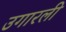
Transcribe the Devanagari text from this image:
उगारली